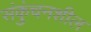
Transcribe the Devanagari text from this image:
संकुंचनशील